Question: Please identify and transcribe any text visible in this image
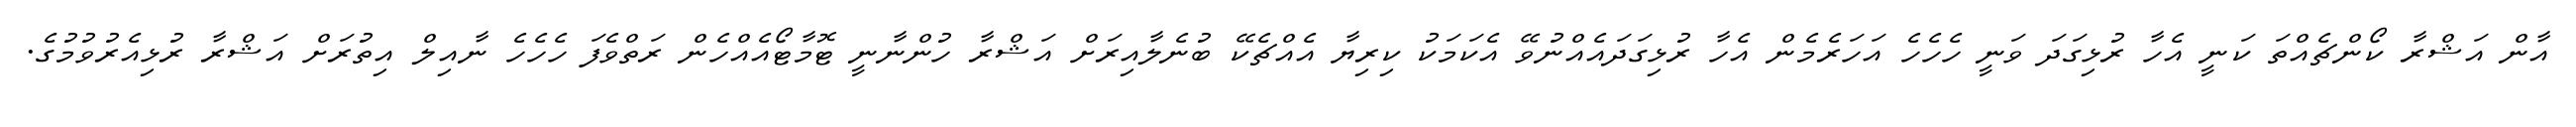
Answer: އާން އަޝްރާ ކޯންޗެއްތަ ކަނީ އެހާ ރުޅިގަދަ ވަނީ ހެހެހެ އަހަރެމެން އެހާ ރުޅިގަދައެއްނުވޭ އެކަމަކު ކިރިޔާ އެއްޗެކޭ ބުނެލާއިރަށް އަޝްރާ ހުންނާނީ ޓޮމާޓޯއެއްހެން ރަތްވެފަ ހެހެހެ ނާއިލް އިތުރަށް އަޝްރާ ރުޅިއެރުވުމުގެ.